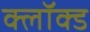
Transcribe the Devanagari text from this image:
क्लॉक्ड